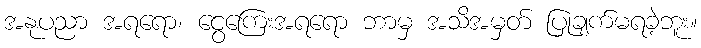
အနုပညာ အရရော၊ ငွေကြေးအရရော ဘာမှ အသိအမှတ် ပြုချက်မရခဲ့ဘူး။